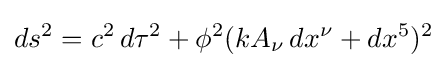
ds^{2}=c^{2}\,d\tau ^{2}+\phi ^{2}(kA_{\nu }\,dx^{\nu }+dx^{5})^{2}